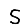
Digit: 5